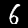
Label: 6